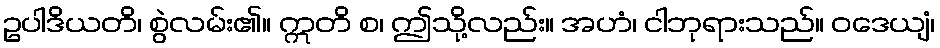
ဥပါဒိယတိ၊ စွဲလမ်း၏။ ဣတိ စ၊ ဤသို့လည်း။ အဟံ၊ ငါဘုရားသည်။ ဝဒေယျံ၊